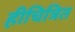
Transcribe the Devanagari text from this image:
हीचित्रित